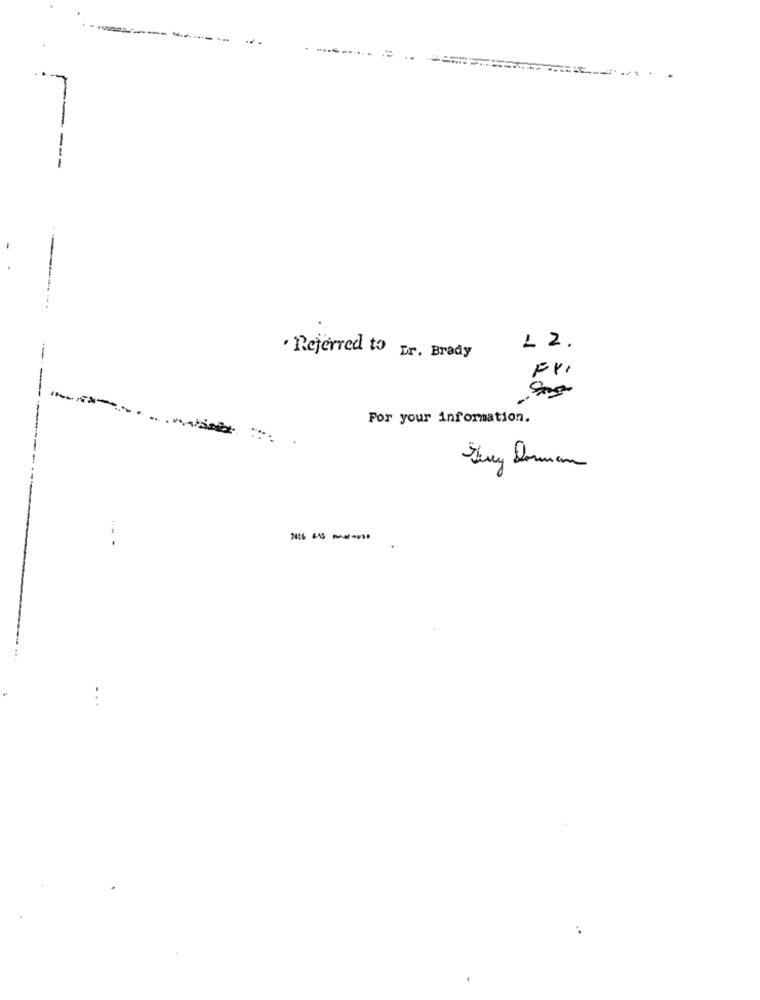
-
1 2.
. Referred to Dr. Brady
---
For your information.
Stry Domman
..